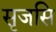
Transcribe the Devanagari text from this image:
सृजसि